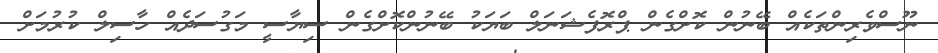
ނޫސްވެރިންތަކެއް ބޭނުން ކޮށްގެން ޕްރޮފެޝަނަލް ބަޔަކު ބޭނުންކޮށްގެން ސިޔާސީ މަގުސަދެއް ހާސިލް ކުރުމަަށް